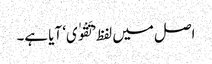
اصل میں لفظ ’تَقْوٰی‘ آیا ہے۔